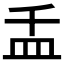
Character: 𰤵